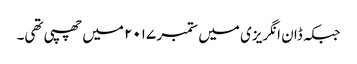
جبکہ ڈان انگریزی میں ستمبر ۲۰۱۷ میں چھپی تھی۔